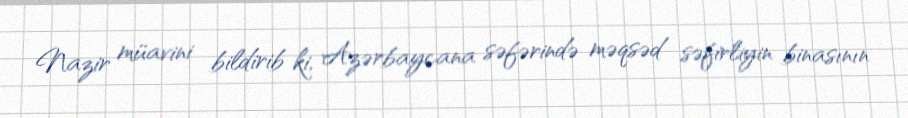
Nazir müavini bildirib ki, Azərbaycana səfərində məqsəd səfirliyin binasının